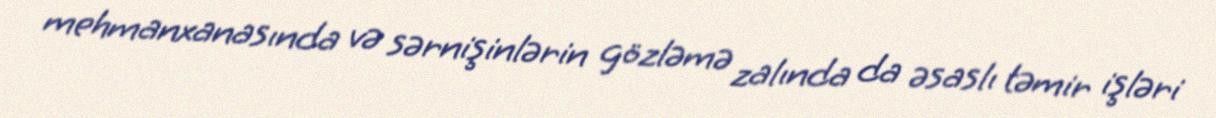
mehmanxanasında və sərnişinlərin gözləmə zalında da əsaslı təmir işləri